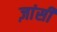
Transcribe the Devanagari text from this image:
ज़ांसी